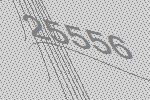
25556